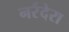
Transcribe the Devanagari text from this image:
नर्रंदेरा